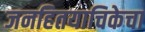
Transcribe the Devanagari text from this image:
जनहितयाचिकेचा